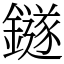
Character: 鐩